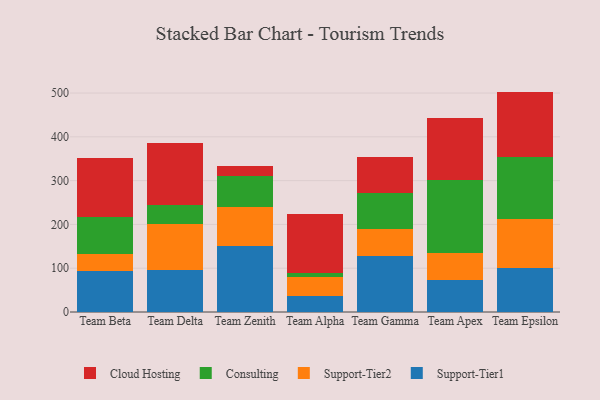
{"axis": {"x": "Team", "y": "Churn Rate (%)"}, "legend": ["Cloud Hosting", "Consulting", "Support-Tier1", "Support-Tier2"], "data": [{"x": "Team Beta", "y": 93.3, "type": "Support-Tier1"}, {"x": "Team Beta", "y": 38.4, "type": "Support-Tier2"}, {"x": "Team Beta", "y": 84.2, "type": "Consulting"}, {"x": "Team Beta", "y": 136.8, "type": "Cloud Hosting"}, {"x": "Team Delta", "y": 96.7, "type": "Support-Tier1"}, {"x": "Team Delta", "y": 105.3, "type": "Support-Tier2"}, {"x": "Team Delta", "y": 42.0, "type": "Consulting"}, {"x": "Team Delta", "y": 141.4, "type": "Cloud Hosting"}, {"x": "Team Zenith", "y": 150.9, "type": "Support-Tier1"}, {"x": "Team Zenith", "y": 87.9, "type": "Support-Tier2"}, {"x": "Team Zenith", "y": 72.2, "type": "Consulting"}, {"x": "Team Zenith", "y": 23.3, "type": "Cloud Hosting"}, {"x": "Team Alpha", "y": 35.6, "type": "Support-Tier1"}, {"x": "Team Alpha", "y": 45.3, "type": "Support-Tier2"}, {"x": "Team Alpha", "y": 9.1, "type": "Consulting"}, {"x": "Team Alpha", "y": 133.8, "type": "Cloud Hosting"}, {"x": "Team Gamma", "y": 127.5, "type": "Support-Tier1"}, {"x": "Team Gamma", "y": 61.1, "type": "Support-Tier2"}, {"x": "Team Gamma", "y": 83.1, "type": "Consulting"}, {"x": "Team Gamma", "y": 82.8, "type": "Cloud Hosting"}, {"x": "Team Apex", "y": 72.4, "type": "Support-Tier1"}, {"x": "Team Apex", "y": 62.7, "type": "Support-Tier2"}, {"x": "Team Apex", "y": 167.2, "type": "Consulting"}, {"x": "Team Apex", "y": 140.0, "type": "Cloud Hosting"}, {"x": "Team Epsilon", "y": 100.0, "type": "Support-Tier1"}, {"x": "Team Epsilon", "y": 112.5, "type": "Support-Tier2"}, {"x": "Team Epsilon", "y": 140.5, "type": "Consulting"}, {"x": "Team Epsilon", "y": 150.3, "type": "Cloud Hosting"}]}